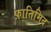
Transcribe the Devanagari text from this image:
फ़ातिमिद